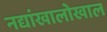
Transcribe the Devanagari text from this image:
नद्यांखालोखाल